system: You are a helpful assistant.
user:
Analyze the provided spectrum to determine if it is a **Carbon Star (C-type)**.

- **Key Visual Indicators of Carbon Star:**
    - **(Primary):** Strong molecular absorption from **C₂ (diatomic carbon) "Swan Bands."** This is the **defining feature** of a carbon star.
        - **(Key Bandheads):** Sharp absorption edges are visible at approximately $5635$ Å, $5165$ Å (the strongest band), and $4737$ Å.
        - **(Line Profile):** Creates a distinct **"saw-tooth"** pattern. The key morphology is a sharp, steep bandhead on the **red (long-wavelength) side**, which then gradually tapers off (i.e., flux recovers) towards the **blue (short-wavelength) side**. *(This is the direct opposite of the TiO bands seen in M-type stars)*.

    - **(Secondary):** Intense **CN (cyanogen)** molecular absorption bands.
        - **(Key Bandheads):** Located in the blue and violet regions of the spectrum (e.g., near $4215$ Å and $3883$ Å).
        - **(Morphology):** These bands are extremely broad and act as a "blanket," absorbing the vast majority of blue and violet light. This creates a characteristic **"cliff"** or **"steep drop-off"** in the spectrum's flux at short wavelengths.

    - **(Key Confirmation):** Strong **CH absorption band (G-band)**.
        - **(Key Bandhead):** Located around $4300$ Å. The contribution from CH molecules to this band is exceptionally strong.

    - **(Overall Spectrum):**
        - The continuum is severely "chopped up" by these deep molecular bands, especially C₂, rather than appearing as a smooth curve.
        - Due to the heavy CN and C₂ absorption in the blue-green, the vast majority of the star's flux is concentrated in the red part of the spectrum, giving the star its characteristic deep red color.

Think first, call **spectral_visualization_tool** if needed to examine features in detail, then provide your final answer. Your response must adhere to the following strict rules:
1.  **Overall Structure:** Your response must follow the format `<think>...</think> <tool_call>...</tool_call> (if a tool is used) <answer>...</answer>`.
2.  **Tool Usage Constraint:** You may only make **one** tool call per turn.
3.  **Final Answer Format:** In the `<answer>` tag, your conclusion must be inside a `\boxed{}` command (e.g., `\boxed{YES}`), followed by your justification.

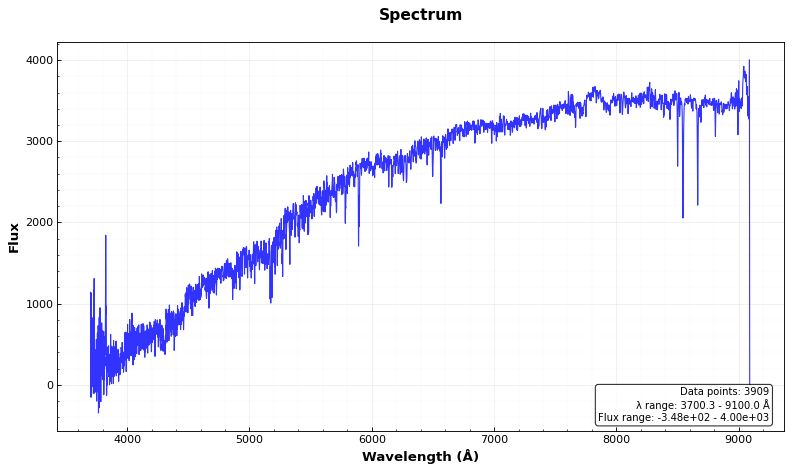
Answer: NO